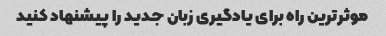
موثرترین راه برای یادگیری زبان جدید را پیشنهاد کنید